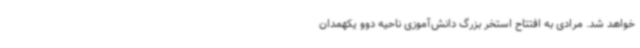
خواهد شد. مرادی به افتتاح استخر بزرگ دانش‌آموزی ناحیه دوو یکهمدان